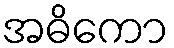
အဓိကော